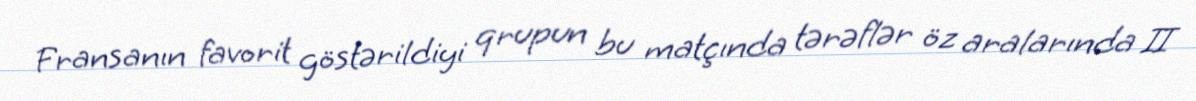
Fransanın favorit göstərildiyi qrupun bu matçında tərəflər öz aralarında II